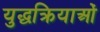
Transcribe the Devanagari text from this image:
युद्धक्रियाओं